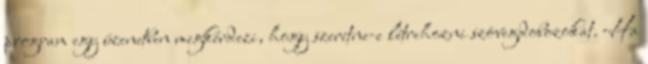
program egy üzenetben megkérdezi, hogy szeretne-e létrehozni szövegdobozokat. Ha